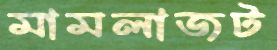
মামলাজট